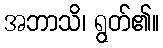
အဘာသိ၊ ရွတ်၏။